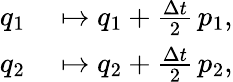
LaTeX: \begin{array}{rl}{q_{1}}&{{}\mapsto q_{1}+\frac{\Delta t}{2}\, p_{1},}\\ {q_{2}}&{{}\mapsto q_{2}+\frac{\Delta t}{2}\, p_{2},}\end{array}